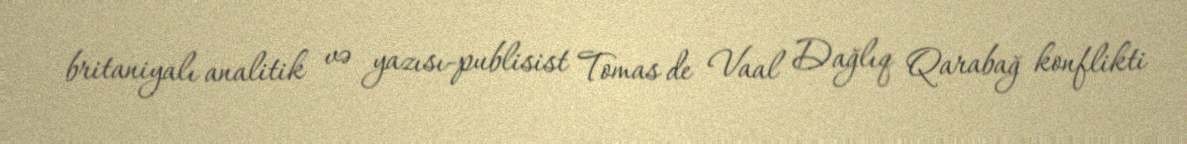
britaniyalı analitik və yazısı-publisist Tomas de Vaal Dağlıq Qarabağ konflikti